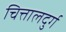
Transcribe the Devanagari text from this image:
चित्तालदुर्ग